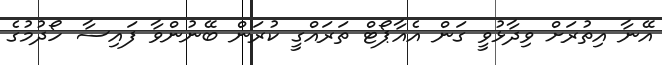
އޭނާ އިތުރަށް ވިދާޅުވީ ގަން އެއާޕޯޓް ތަރައްގީ ކުރަން ބޭނުންވާ ފައިސާ ހޯދުމުގެ